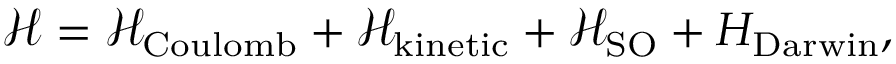
{ \mathcal { H } } = { \mathcal { H } } _ { \mathrm { { C o u l o m b } } } + { \mathcal { H } } _ { \mathrm { k i n e t i c } } + { \mathcal { H } } _ { \mathrm { S O } } + H _ { \mathrm { D a r w i n } } ,